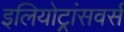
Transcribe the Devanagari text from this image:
इलियोट्रांसवर्स